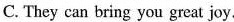
C. They can bring you great joy.